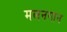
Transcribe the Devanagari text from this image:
मलनगान